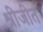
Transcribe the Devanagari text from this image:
श्रीजीत